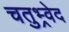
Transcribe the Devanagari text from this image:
चतुभ्र्वेद